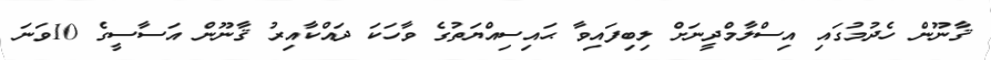
ޤާނޫން ހެދުމުގައި އިސްލާމްދީނަށް ލިބިފައިވާ ޙައިސިއްޔަތުގެ ވާހަކަ ދައްކާއިރު ޤާނޫން އަސާސީގެ 10ވަނަ